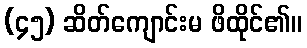
(၄၅) ဆိတ်ကျောင်းမ ဖိထိုင်၏။